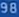
98